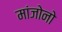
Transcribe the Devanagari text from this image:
मांजोनो